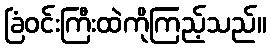
ခြံဝင်းကြီးထဲကိုကြည့်သည်။